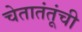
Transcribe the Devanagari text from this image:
चेतातंतूंची